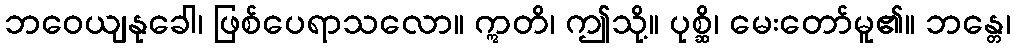
ဘဝေယျနုခေါ၊ ဖြစ်ပေရာသလော။ ဣတိ၊ ဤသို့။ ပုစ္ဆိ၊ မေးတော်မူ၏။ ဘန္တေ၊